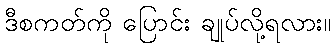
ဒီစကတ်ကို ပြောင်း ချုပ်လို့ရလား။